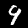
Label: 9